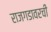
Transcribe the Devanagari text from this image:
राजगडावरची